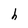
Character: h